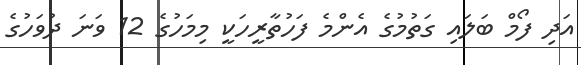
އަދި ފޯމް ބަލައި ގަތުމުގެ އެންމެ ފަހުތާރީހަކީ މިމަހުގެ 12 ވަނަ ދުވަހުގެ